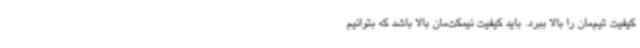
کیفیت تیم‌مان را بالا ببرد. باید کیفیت نیمکت‌مان بالا باشد که بتوانیم